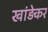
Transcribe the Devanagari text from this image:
खांड़ेकर